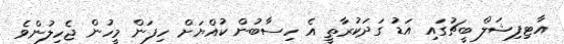
އާޓިފިޝަލް ބީޗުގައި އަޑު ގަދަކުރާތީ އެ ހިސާބުން ކުއްޔަށް ހިފަން މީހުން ޖެހިލުންވެ